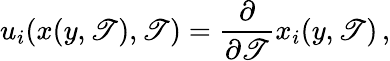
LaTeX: u_{i}(x(y,\mathscr{T}),\mathscr{T})=\frac{{\partial}}{{\partial{\mathscr{T}}}}x_{i}(y,\mathscr{T})\, ,